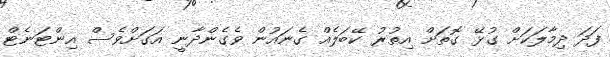
ފަދަ ދިމާލަކަށް ގުޅޭ ގޮތަށް އިތުރު ކޭބަލެއް ގެނައުން ވެގެންދާނީ އަގަށްވެސް އިންޓަނެޓް